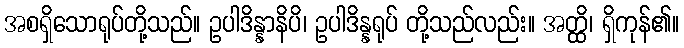
အစရှိသောရုပ်တို့သည်။ ဥပါဒိန္နာနိပိ၊ ဥပါဒိန္နရုပ် တို့သည်လည်း။ အတ္ထိ၊ ရှိကုန်၏။